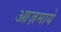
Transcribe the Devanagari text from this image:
आज़माये